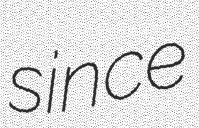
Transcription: since